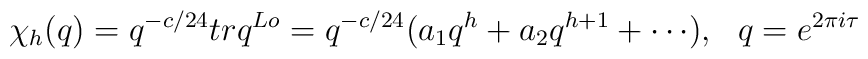
\chi_h(q)=q^{-c/24}trq^{Lo}=q^{-c/24}(a_1q^h+a_2q^{h+1}+\cdots ) \ \\ , \ \ q=e^{2\pi i \tau}